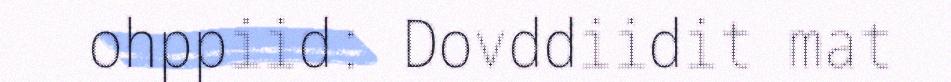
ohppiid: Dovddiidit mat